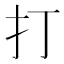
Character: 打